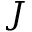
J